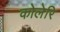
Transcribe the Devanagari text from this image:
कोलेरि